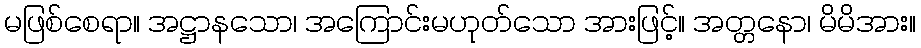
မဖြစ်စေရာ။ အဋ္ဌာနသော၊ အကြောင်းမဟုတ်သော အားဖြင့်။ အတ္တနော၊ မိမိအား။